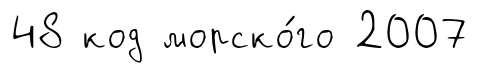
48 код морско́го 2007